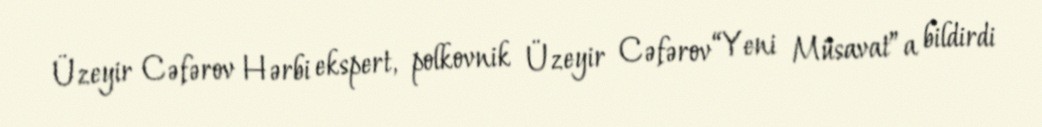
Üzeyir Cəfərov Hərbi ekspert, polkovnik Üzeyir Cəfərov “Yeni Müsavat”a bildirdi